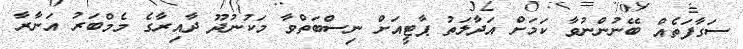
ސަގާފަތެއް ބޭނުންނުވާ ކަމަށް އަދާލަތު ޕާޓީއަށް ނިސްބަތްވާ މަކުނުދޫ ދާއިރާގެ މެމްބަރު އަނާރާ